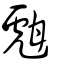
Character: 甝